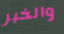
والخبر